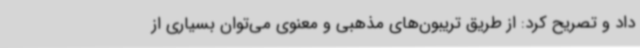
داد و تصریح کرد: از طریق تریبون‌های مذهبی و معنوی می‌توان بسیاری از